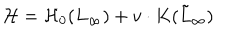
LaTeX: { \cal H } = { \cal H } _ { 0 } ( L _ { \infty } ) + v \cdot K ( \tilde { L } _ { \infty } )